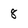
Character: 8